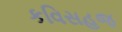
કવિસહજ